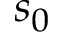
s _ { 0 }